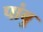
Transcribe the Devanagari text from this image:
पांबु